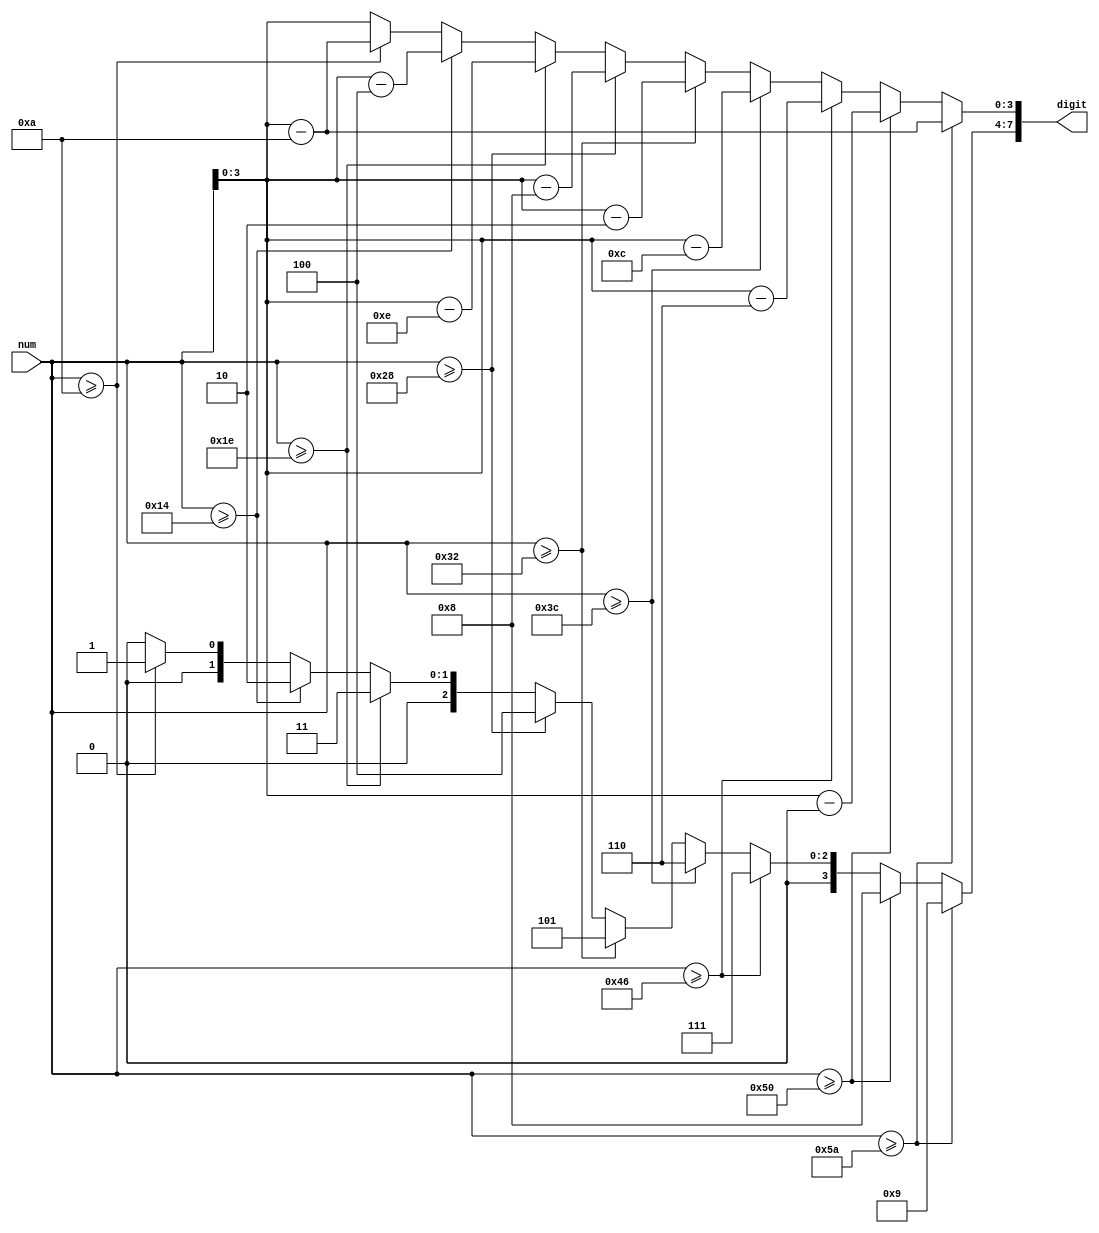
module bcd(
	input wire [6:0]num,
	output reg [7:0]digit);
	
	reg [3:0]tens ;
	reg [3:0]ones;
	
always@(*)
begin
	if(num>=90) 
	begin
	tens = 9;
	ones = num-90;
	end
	else if(num>=80) 
	begin
	tens = 8;
	ones = num-80;
	end
	else if(num>=70) 
	begin
	tens = 7;
	ones = num-70;
	end
	else if(num>=60) 
	begin
	tens = 6;
	ones = num-60;
	end
	else if(num>=50) 
	begin
	tens = 5;
	ones = num-50;
	end
	else if(num>=40) 
	begin
	tens = 4;
	ones = num-40;
	end
	else if(num>=30) 
	begin
	tens = 3;
	ones = num-30;
	end
	else if(num>=20) 
	begin
	tens = 2;
	ones = num-20;
	end
	else if(num>=10) 
	begin
	tens = 1;
	ones = num-10;
	end
	else 
	begin
	tens = 0;
	ones = num;
	end
	
	digit = {tens,ones};
end

endmodule